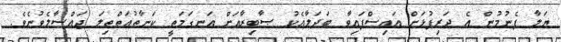
ޔަލާ ފެނުމުން އެ ދަރިފުޅަށް އައިސްފައިވާ ބަދަލާއެކު ޞާބިރާއަށް އަނގަމަތީ ކަނާތުއަތްތިލަ ޖައްސާލެވުނެވެ.